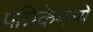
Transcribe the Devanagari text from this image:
पत्रिकेमध्ये